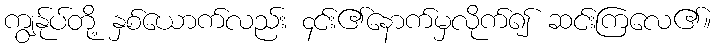
ကျွန်ုပ်တို့ နှစ်ယောက်လည်း ၄င်း၏နောက်မှလိုက်၍ ဆင်းကြလေ၏။